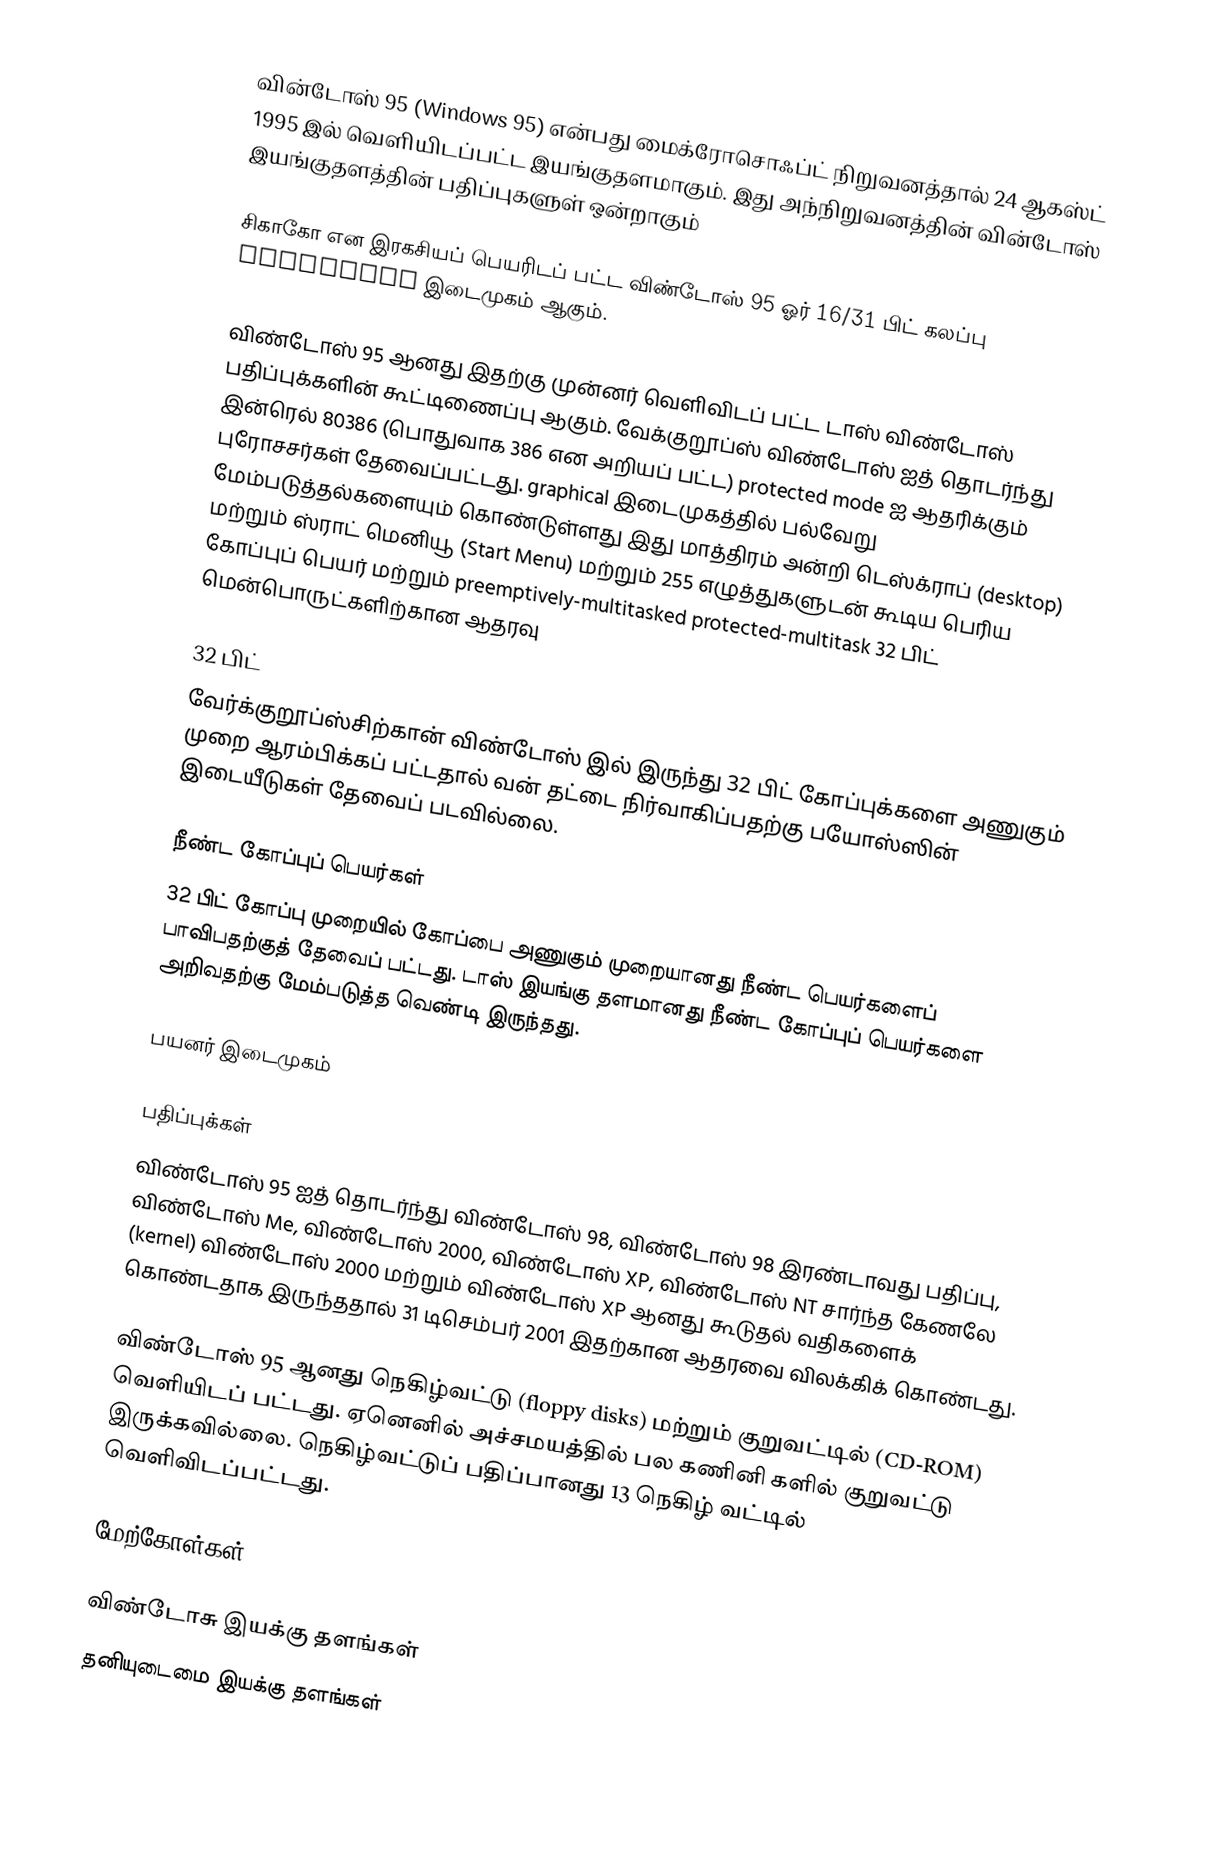
வின்டோஸ் 95 (Windows 95) என்பது மைக்ரோசொஃப்ட்  நிறுவனத்தால் 24 ஆகஸ்ட் 1995 இல் வெளியிடப்பட்ட இயங்குதளமாகும். இது அந்நிறுவனத்தின் வின்டோஸ் இயங்குதளத்தின் பதிப்புகளுள் ஒன்றாகும்

சிகாகோ என இரகசியப் பெயரிடப் பட்ட விண்டோஸ் 95 ஓர் 16/31 பிட் கலப்பு graphical இடைமுகம் ஆகும்.

விண்டோஸ் 95 ஆனது இதற்கு முன்னர் வெளிவிடப் பட்ட டாஸ் விண்டோஸ் பதிப்புக்களின் கூட்டிணைப்பு ஆகும். வேக்குறூப்ஸ் விண்டோஸ் ஐத் தொடர்ந்து இன்ரெல் 80386 (பொதுவாக 386 என அறியப் பட்ட) protected mode ஐ ஆதரிக்கும் புரோசசர்கள் தேவைப்பட்டது. graphical இடைமுகத்தில் பல்வேறு மேம்படுத்தல்களையும் கொண்டுள்ளது இது மாத்திரம் அன்றி டெஸ்க்ராப் (desktop) மற்றும் ஸ்ராட் மெனியூ (Start Menu) மற்றும் 255 எழுத்துகளுடன் கூடிய பெரிய கோப்புப் பெயர் மற்றும்  preemptively-multitasked protected-multitask 32 பிட் மென்பொருட்களிற்கான ஆதரவு

32 பிட்
வேர்க்குறூப்ஸ்சிற்கான் விண்டோஸ் இல் இருந்து 32 பிட் கோப்புக்களை அணுகும் முறை ஆரம்பிக்கப் பட்டதால் வன் தட்டை நிர்வாகிப்பதற்கு பயோஸ்ஸின் இடையீடுகள் தேவைப் படவில்லை.

நீண்ட கோப்புப் பெயர்கள்
32 பிட் கோப்பு முறையில் கோப்பை அணுகும் முறையானது நீண்ட பெயர்களைப் பாவிபதற்குத் தேவைப் பட்டது. டாஸ் இயங்கு தளமானது நீண்ட கோப்புப் பெயர்களை அறிவதற்கு மேம்படுத்த வெண்டி இருந்தது.

பயனர் இடைமுகம்

பதிப்புக்கள்
விண்டோஸ் 95 ஐத் தொடர்ந்து விண்டோஸ் 98, விண்டோஸ் 98 இரண்டாவது பதிப்பு, விண்டோஸ் Me, விண்டோஸ் 2000, விண்டோஸ் XP, விண்டோஸ் NT சார்ந்த கேணலே (kernel) விண்டோஸ் 2000 மற்றும் விண்டோஸ் XP ஆனது கூடுதல் வதிகளைக் கொண்டதாக இருந்ததால் 31 டிசெம்பர் 2001 இதற்கான ஆதரவை விலக்கிக் கொண்டது.

விண்டோஸ் 95 ஆனது நெகிழ்வட்டு (floppy disks) மற்றும் குறுவட்டில் (CD-ROM) வெளியிடப் பட்டது. ஏனெனில் அச்சமயத்தில் பல கணினி களில் குறுவட்டு இருக்கவில்லை.  நெகிழ்வட்டுப் பதிப்பானது 13 நெகிழ் வட்டில் வெளிவிடப்பட்டது.

மேற்கோள்கள்

விண்டோசு இயக்கு தளங்கள்
தனியுடைமை இயக்கு தளங்கள்